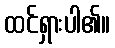
ထင်ရှားပါ၏။